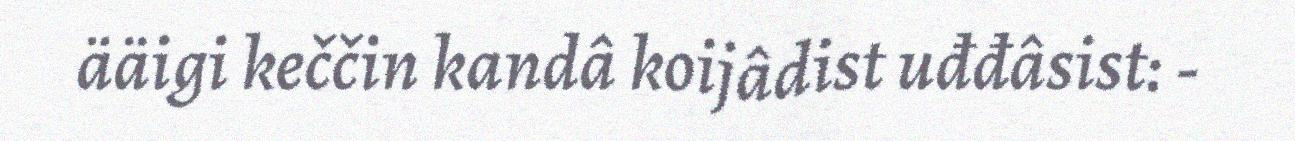
ääigi keččin kandâ koijâdist uđđâsist: -